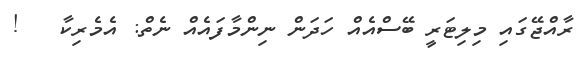
ރާއްޖޭގައި މިލިޓަރީ ބޭސްއެއް ހަދަން ނިންމާފައެއް ނެތް: އެމެރިކާ   !